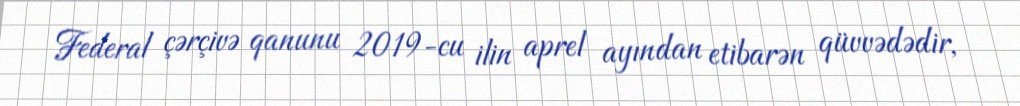
Federal çərçivə qanunu 2019-cu ilin aprel ayından etibarən qüvvədədir,